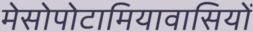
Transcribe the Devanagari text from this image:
मेसोपोटामियावासियों